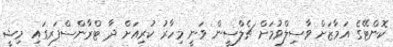
ކޮންޓޭގެ އަމާޒަށް ވާސިލްވުމަށް ޗެލްސީން ވަނީ މިހާރު ކުރިއަށް ދާ ޓްރާންސްފަރގައި މިޝީ